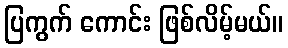
ပြကွက် ကောင်း ဖြစ်လိမ့်မယ်။